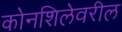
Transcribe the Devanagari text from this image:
कोनशिलेवरील